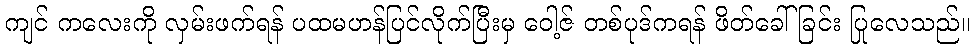
ကျင် ကလေးကို လှမ်းဖက်ရန် ပထမဟန်ပြင်လိုက်ပြီးမှ ဝေါ့ဇ် တစ်ပုဒ်ကရန် ဖိတ်ခေါ်ခြင်း ပြုလေသည်။